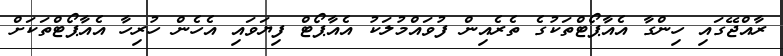
ރާއްޖޭގައި ހިންގާ އެއާޕޯޓްތަކުގެ ތެރެއިން ފުވައްމުލަކު އެއާޕޯޓް ފިޔަވައި އެހެން ހުރިހާ އެއާޕޯޓްތަކަށް